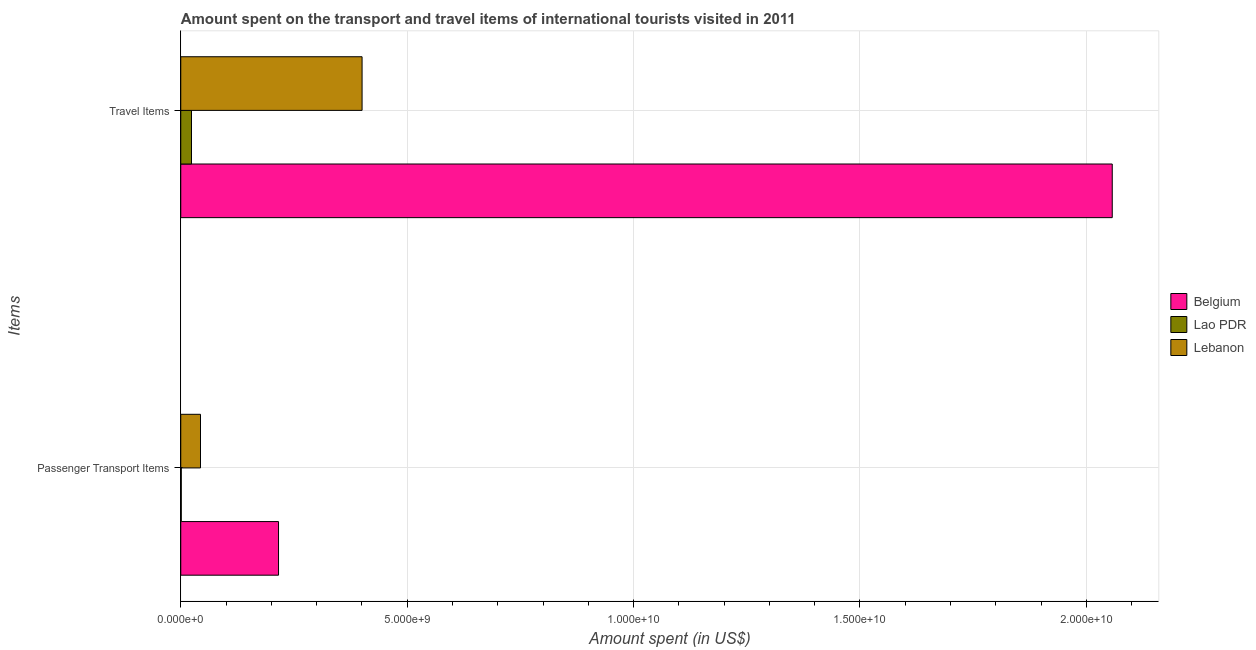
| Items | Belgium | Lao PDR | Lebanon |
 | --- | --- | --- | --- |
 | Passenger Transport Items | 2.16e+09 | 1.1e+07 | 4.36e+08 |
 | Travel Items | 2.06e+10 | 2.37e+08 | 4e+09 |